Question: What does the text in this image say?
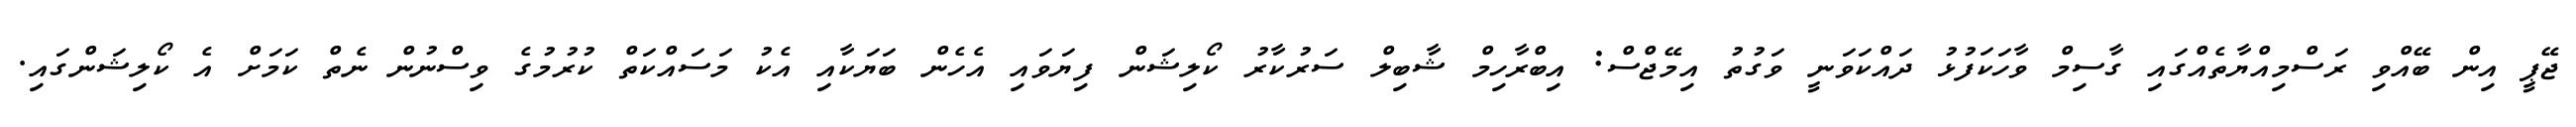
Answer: ޖޭޕީ އިން ބޭއްވި ރަސްމިއްޔާތެއްގައި ގާސިމް ވާހަކަފުޅު ދައްކަވަނީ ވަގުތު އިމޭޖްސް: އިބްރާހިމް ޝާބިލް ސަރުކާރު ކޯލިޝަން ފިޔަވައި އެހެން ބަޔަކާއި އެކު މަސައްކަތް ކުރުމުގެ ވިސްނުން ނެތް ކަމަށް އެ ކޯލިޝަންގައި.